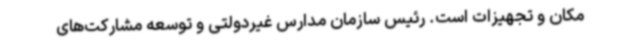
مکان و تجهیزات است. رئیس سازمان مدارس غیردولتی و توسعه مشارکت‌های